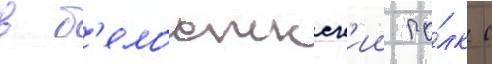
в б'елостокск'ии по́лк с